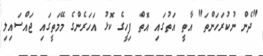
"ދެން ނުކުރަހަންތަ" އާތީ އަތުގައި އޮތް ފިހީގެ ކޮޅު އަހަރެންގެ މޭމަތީގައި ޖައްސައިލި